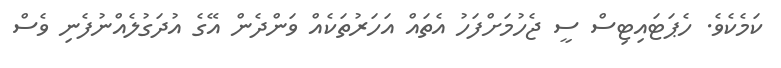
ކަމެކެވެ. ހެޕަޓައިޓިސް ސީ ޖެހުމަށްފަހު އެތައް އަހަރުތަކެއް ވަންދެން އޭގެ އުދަގުލެއްނުފެނި ވެސް